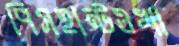
পিসহান্টওখা